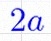
2a